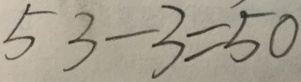
5 3 - 3 = 5 0